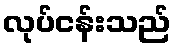
လုပ်ငန်းသည်